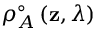
\rho _ { A } ^ { \circ } \left( \mathbf { z } , \lambda \right)